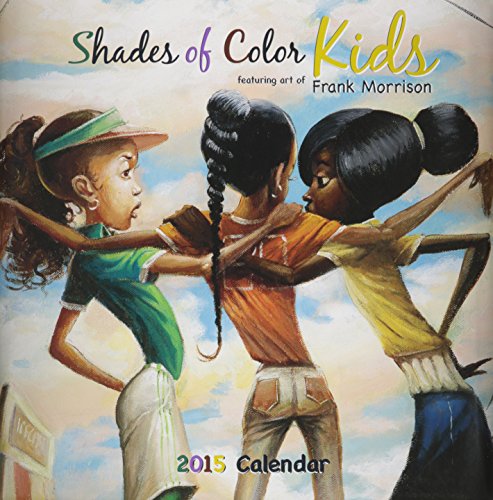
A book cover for Shades of Color Kids 2015 Calendar; Calendars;